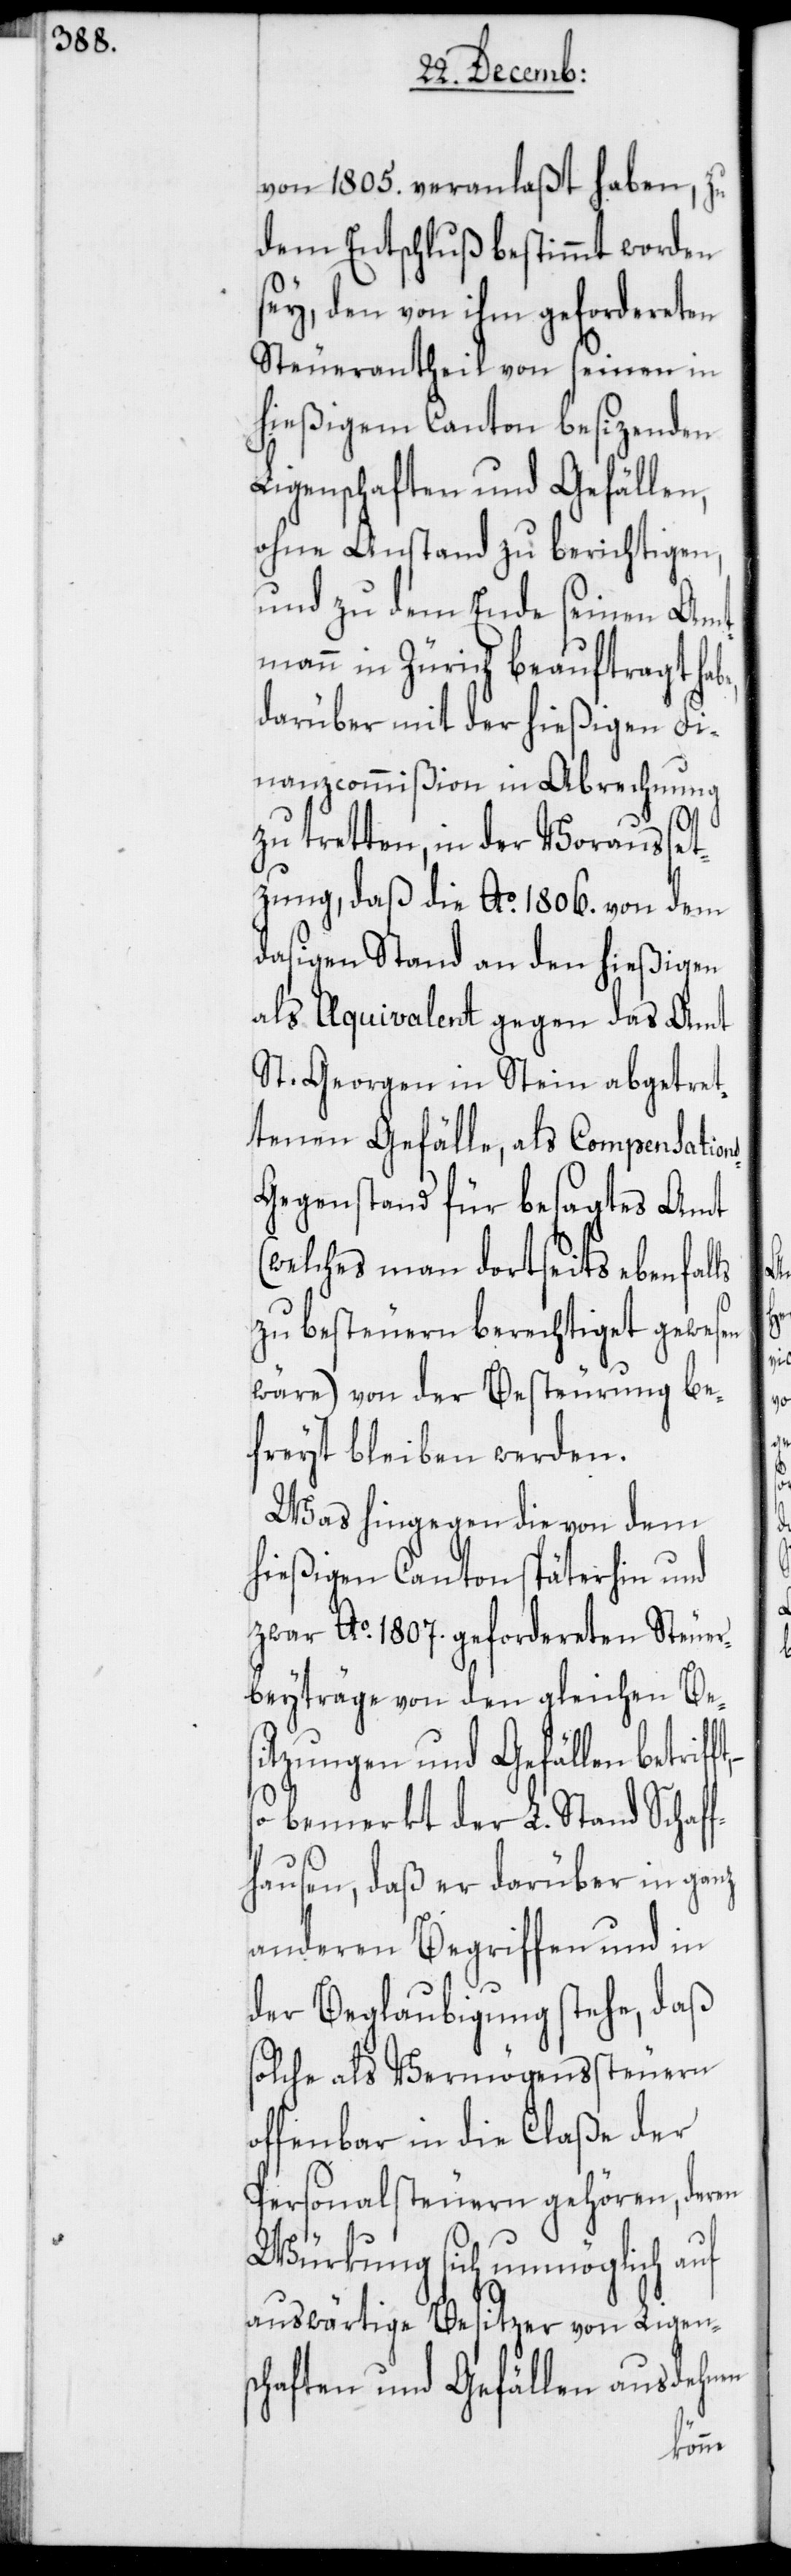
von 1805. veranlaßt haben, zu
dem Entschluß bestimmt worden
sey, den von ihm gefordereten
Steuerantheil von seinen in
hießigem Canton besizenden
Ligenschaften und Gefällen,
ohne Anstand zu berichtigen,
und zu dem Ende seinen Amt¬
mann in Zürich beauftragt ha¬
darüber mit der hießigen Fi¬
nanzcommißion in Abrechnung
zu tretten, in der Vorausset¬
zung, daß die Ao. 1806. von dem
dasigen Stand an den hießigen
als Aquivalent gegen das Amt
St. Georgen in Stein abgetret¬
tenen Gefälle, als Compensation¬
egenstand für besagtes Amt
(welches man dortseits ebenfal¬
zu besteuern berechtiget gewesen
wäre) von der Besteurung be¬
freyt bleiben werden.
Was hingegen die von dem
hießigen Canton späterhin und
zwar Ao. 1807. gefordereten Steuer¬
beyträge von den gleichen Bes¬
itzungen und Gefällen betrif¬
bemerkt der L. Stand Schaf¬
fhausen, daß er darüber in ganz
anderen Begriffen und in
der Beglaubigung stehe, daß
solche als Vermögenssteuern
offenbar in die Claße der
Personalsteuern gehören, deren
Würkung sich unmöglich auf
auswärtige Besitzer von Ligen¬
schaften und Gefällen ausdehnen
ft,